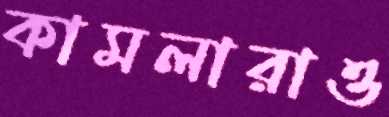
কামলারাও